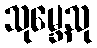
သုမ္ဘေသု